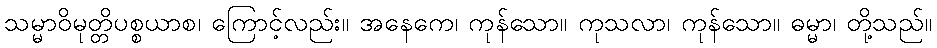
သမ္မာဝိမုတ္တိပစ္စယာစ၊ ကြောင့်လည်း။ အနေကေ၊ ကုန်သော။ ကုသလာ၊ ကုန်သော။ ဓမ္မာ၊ တို့သည်။